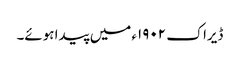
ڈیراک ١٩٠٢ء میں پیدا ہوئے۔